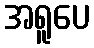
အရူပေ